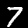
Digit: 7